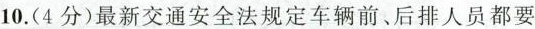
10.(4分)最新交通安全法规定车辆前、后排人员都要